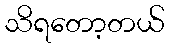
သိရတော့တယ်